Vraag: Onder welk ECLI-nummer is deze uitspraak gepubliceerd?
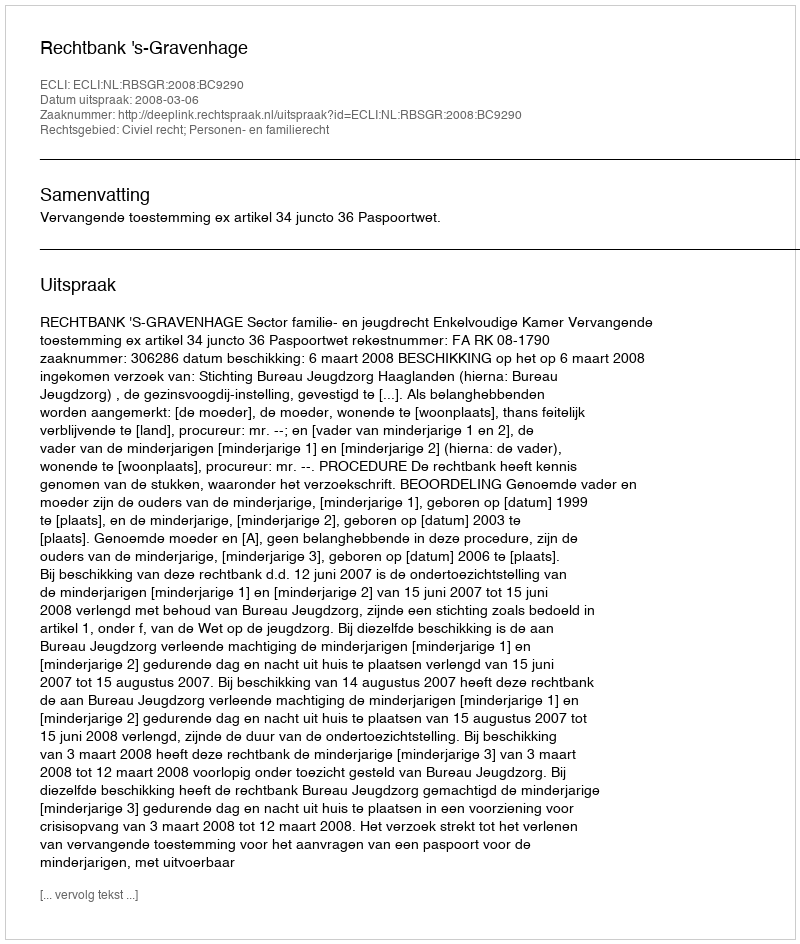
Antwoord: ECLI:NL:RBSGR:2008:BC9290